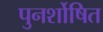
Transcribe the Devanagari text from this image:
पुनर्शोषित